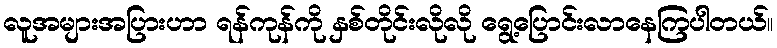
လူအများအပြားဟာ ရန်ကုန်ကို နှစ်တိုင်းလိုလို ရွေ့ပြောင်းလာနေကြပါတယ်။